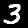
Digit: 3